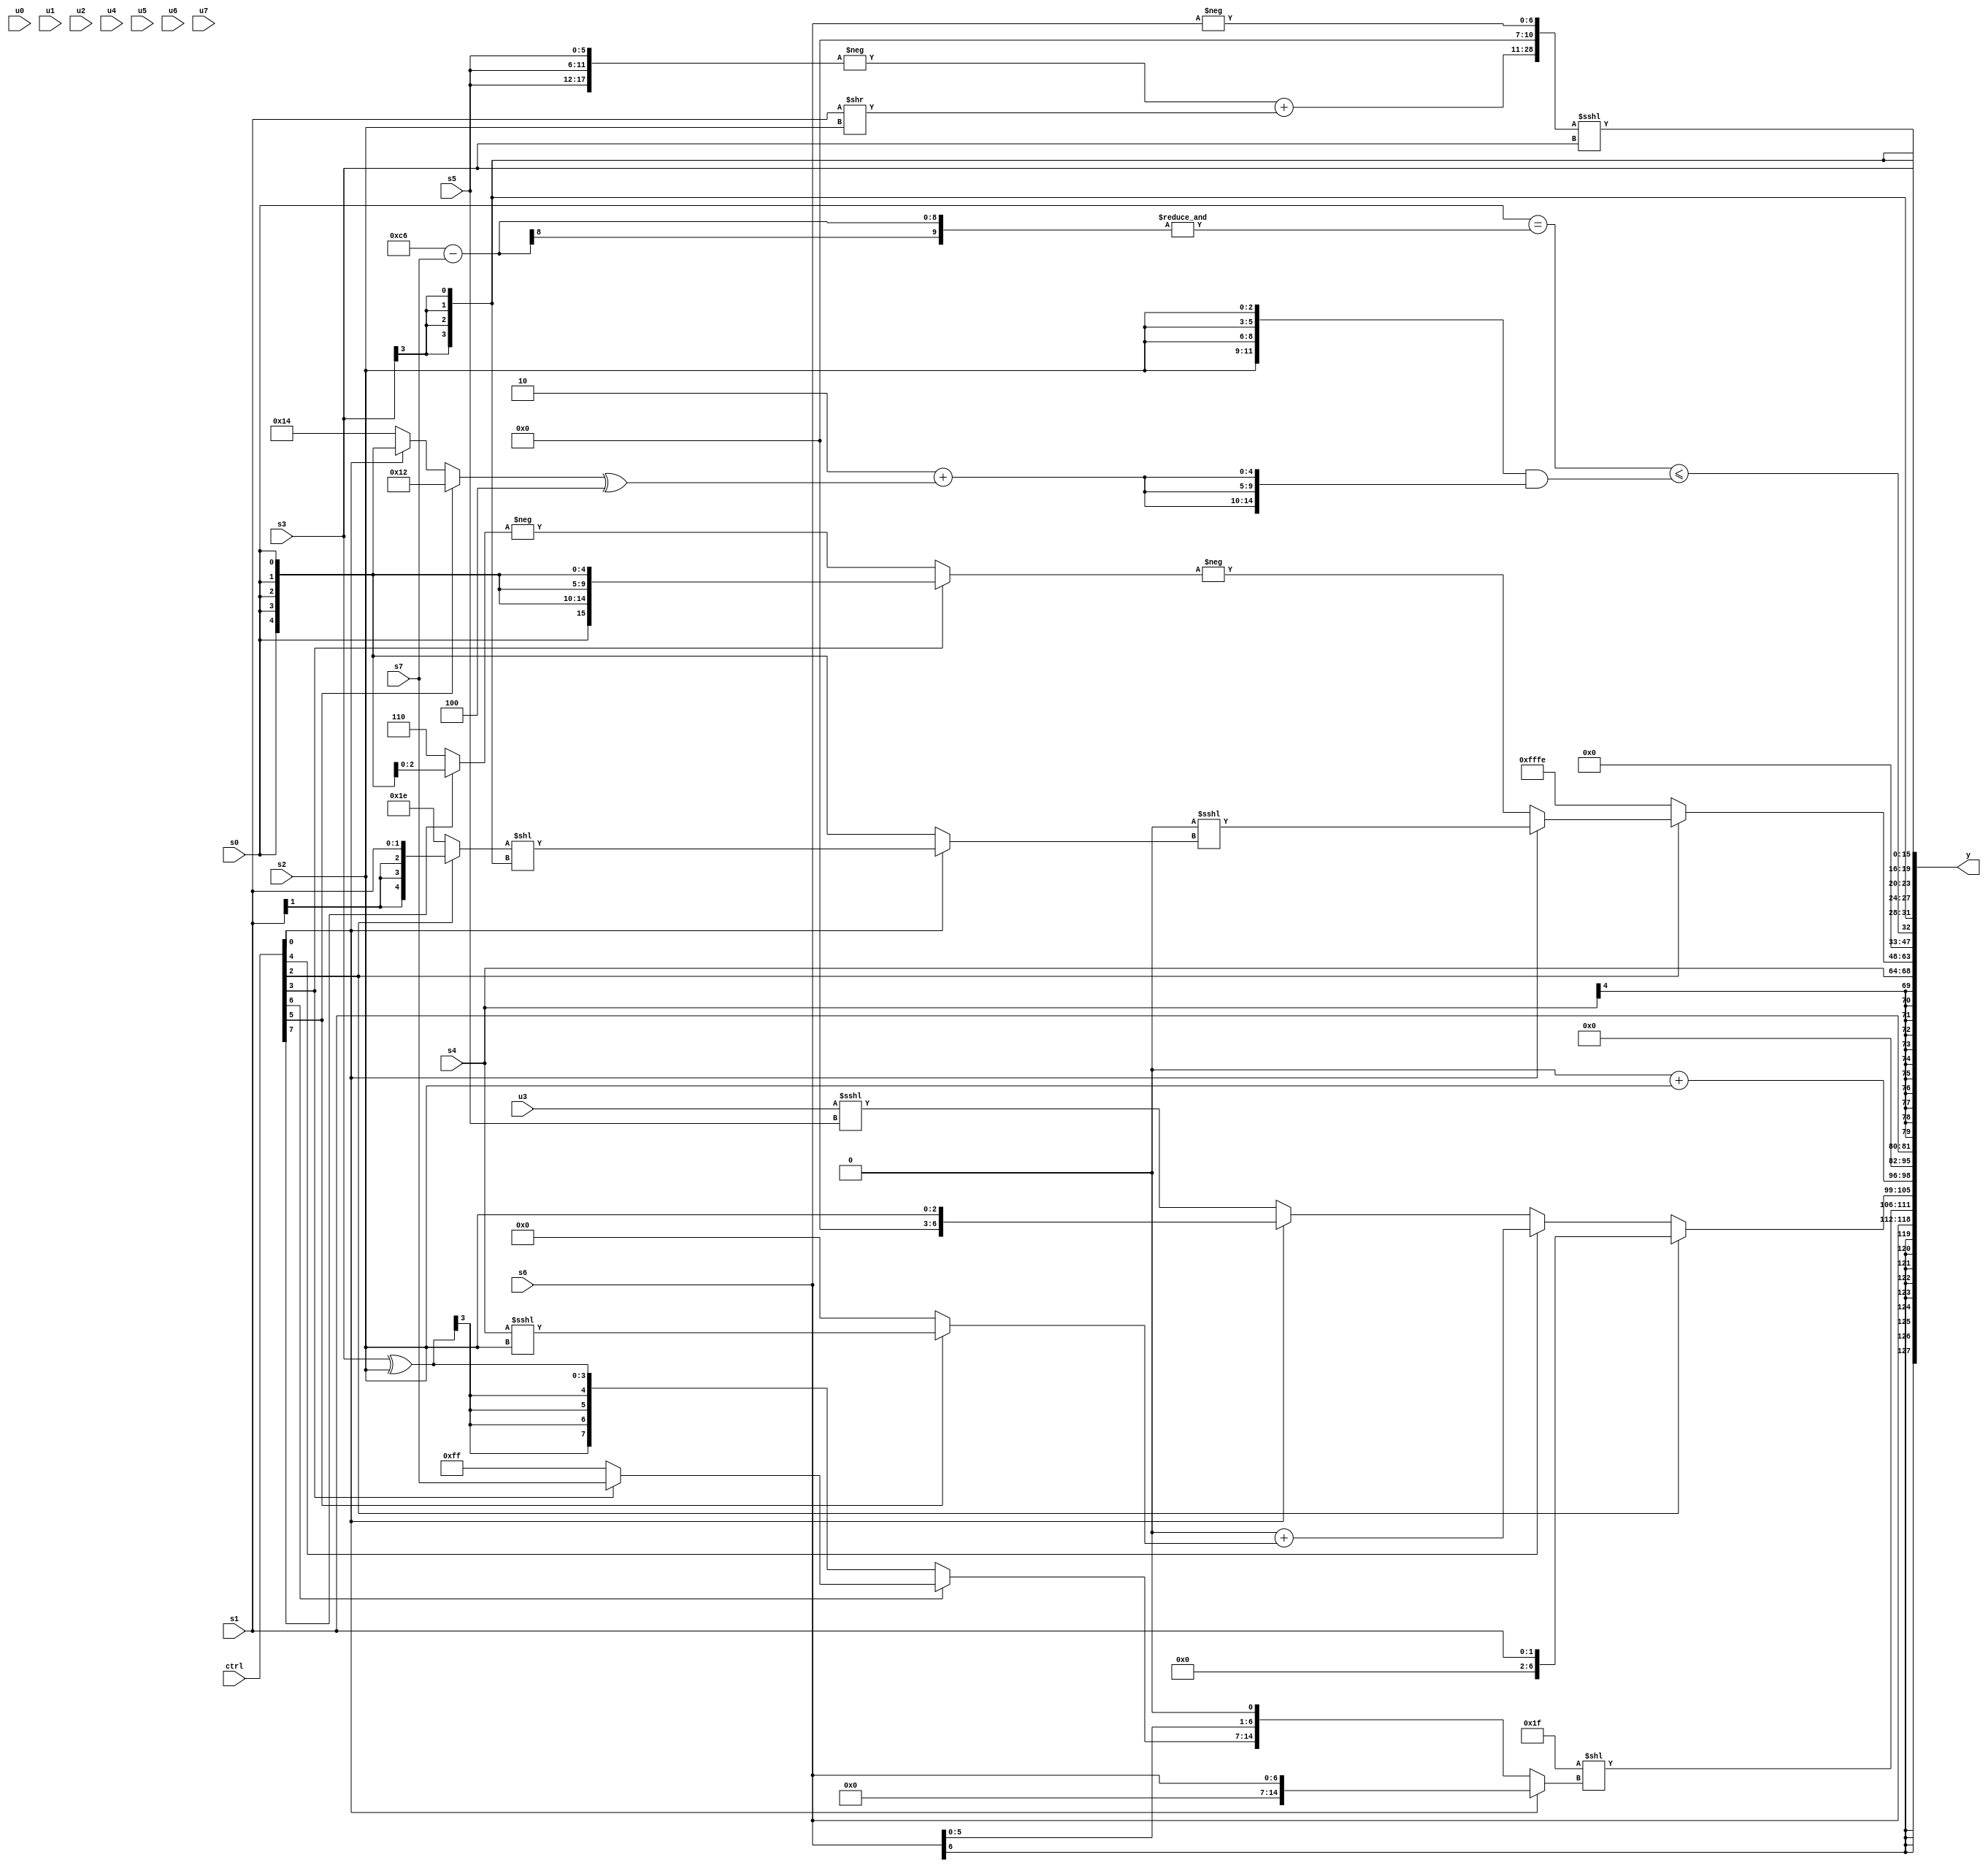
module wideexpr_00779(ctrl, u0, u1, u2, u3, u4, u5, u6, u7, s0, s1, s2, s3, s4, s5, s6, s7, y);
  input [7:0] ctrl;
  input [0:0] u0;
  input [1:0] u1;
  input [2:0] u2;
  input [3:0] u3;
  input [4:0] u4;
  input [5:0] u5;
  input [6:0] u6;
  input [7:0] u7;
  input signed [0:0] s0;
  input signed [1:0] s1;
  input signed [2:0] s2;
  input signed [3:0] s3;
  input signed [4:0] s4;
  input signed [5:0] s5;
  input signed [6:0] s6;
  input signed [7:0] s7;
  output [127:0] y;
  wire [15:0] y0;
  wire [15:0] y1;
  wire [15:0] y2;
  wire [15:0] y3;
  wire [15:0] y4;
  wire [15:0] y5;
  wire [15:0] y6;
  wire [15:0] y7;
  assign y = {y0,y1,y2,y3,y4,y5,y6,y7};
  assign y0 = +(+(s6));
  assign y1 = $signed({(6'sb011111)<<((ctrl[0]?s6:{(ctrl[6]?(ctrl[3]?s7:2'sb11):(s3)^(s2)),(s6)<<(~(1'sb0))})),(ctrl[2]?s1:(ctrl[4]?((+(u6))<<(5'sb11100))+((ctrl[5]?(s4)<<<(s2):(1'sb0)>>(5'sb00001))):(ctrl[0]?s2:(+(u3))<<<(s5)))),+((^(+({5'sb01100})))+(s2))});
  assign y2 = {1{+(s1)}};
  assign y3 = s4;
  assign y4 = (ctrl[2]?(ctrl[0]?(($signed((4'sb1110)+(u5)))>>({3{3'sb010}}))<<<((ctrl[0]?((ctrl[2]?s1:5'sb11110))<<((s3)>>>(3'sb100)):$signed(-(s0)))):-((ctrl[3]?s0:-((ctrl[7]?s0:3'sb110))))):2'sb10);
  assign y5 = ((s0)==(&(({2{5'b00110}})-(s7))))<=(({4{s2}})&({3{(2'sb10)+(((ctrl[5]?(5'sb11111)-(5'sb01101):(ctrl[0]?s0:5'sb10100)))^(5'sb11100))}}));
  assign y6 = s3;
  assign y7 = ({($signed(-({3{s5}})))+((s1)>>(s2)),{4'sb0000,$signed($signed(-(s6)))}})<<<($signed(s3));
endmodule